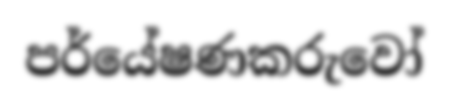
පර්යේෂණකරුවෝ